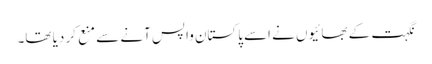
نگہت کے بھائیوں نے اسے پاکستان واپس آنے سے منع کر دیا تھا۔